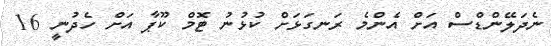
ނެދަލޭންޑްސް އަށް އެންމެ ރަނގަޅަށް ކުޅުނު ޓޮމް ކޫޕާ އަށް ހެދުނީ 16